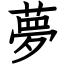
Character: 夢